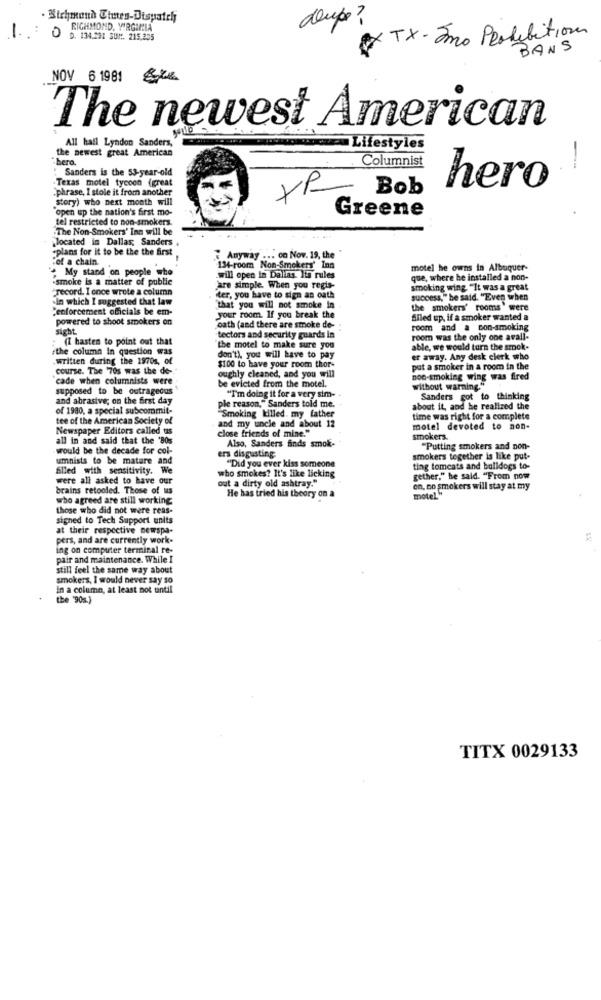
deup?
RICHMOND, VIRGINIA
10
D. 134.291 SUM. 215,255
TX- Tmo Prohibition
BANS
NOV 6 1981
The newest American
All hail Lyndon Sanders,
the newest great American
Lifestyles
bero.
Columnist
--
! Sanders is the 53-year-old
-Texas motel tycoon (great
>phrase, I stole it from another
×
Bob
hero
story) who next month will
"open up the nation's first mo-
Greene
tel restricted to non-smokers.
"The Non-Smokers' Inn will be
located in Dallas; Sanders .
-plans for it to be the the first
"of a chain.
Anyway ... co Nov. 19, the
My stand on people who
134-room Non-Smokers' Inn
motel he owns in Albuquer-
"smoke is a matter of public
.will open in Dallas. Its rules
que, where he installed a non-
record. I once wrote a column
are simple. When you regis-
smoking wing "It was a great
-In which I suggested that law
ter, you have to sign an oath
success," be said. "Even when
"enforcement officials be em-
"that you will not smoke in .
the smokers' rooms " were
powered to shoot smokers on
your room. If you break the
filled up. if a smoker wanted a
sight
oath (and there are smoke de-
room and a con-smoking
(I hasten to point out that
tectors and security guards in
room was the only one avall-
#the column in question was
"the motel to make sure you
able, we would turn the smok-
.written during the 1970s, of
don't), you will have to pay
er away. Any desk clerk who
course. The '70s was the de-"
oughly cleaned, and you will
$100 to have your room thor-
put a smoker in a room in the
"cade when columnists were
non-smoking wing was fired
supposed to be outrageous
be evicted from the motel.
without warning."
and abrasive; on the first day
"I'm doing it for a very sim-
Sanders got to thinking
of 1980, a special subcommit-
ple reason," Sanders told me.
"Smoking killed. my father
about it, and he realized the
tee of the American Society of
and my uncle and about 12
time was right for a complete
Newspaper Editors called tas
close friends of mine."
motel devoted to non-
all in and said that the '80s
Also, Sanders finds smok.
smokers.
would be the decade for col-
"Putting smokers and non-
umnists to be matare and
ers disgusting
"Did you ever kiss someone
smokers together is like put-
filled with sensitivity. We
ting tomcats and bulldogs to-
were all asked to have our
who smokes? It's like licking
out a dirty old ashtray."
gether," he said. "From now
brains retooled. Those of us
on, no smokers will stay at my
who agreed are still working
He has tried his theory on a
motel."
those who did not were reas-
signed to Tech Support units
at their respective newspa-
pers, and are currently work-
ing on computer terminal re-
pair and maintenance. While I
still feel the same way about
smokers, I would never say so
In a column, at least not tantil
the '90s.)
TITX 0029133